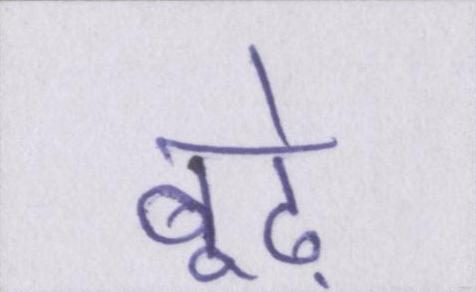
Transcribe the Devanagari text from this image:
बूढ़े